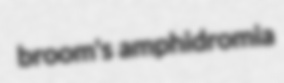
broom's amphidromia